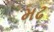
મઢ